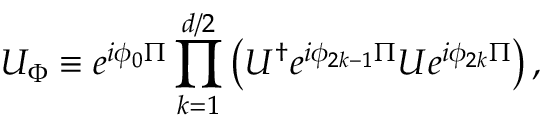
U _ { \Phi } \equiv e ^ { i \phi _ { 0 } \Pi } \prod _ { k = 1 } ^ { d / 2 } \left( U ^ { \dagger } e ^ { i \phi _ { 2 k - 1 } \Pi } U e ^ { i \phi _ { 2 k } \Pi } \right) ,